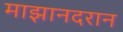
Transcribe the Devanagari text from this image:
माझानदरान